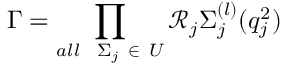
\Gamma = \prod _ { a l l \ \ \Sigma _ { j } \ \in \ U } \mathcal { R } _ { j } \Sigma _ { j } ^ { ( l ) } ( q _ { j } ^ { 2 } )